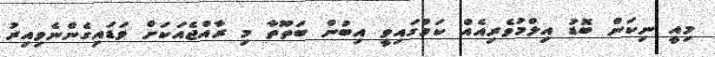
މިއީ ނިކަން ބޮޑު އިލްމުވެރިއެއް ކަމުގައިވީ އިބުން ބަތޫތާ މި ރާއްޖެއަކަށް ވަޑައިގެންނެވިއިރު